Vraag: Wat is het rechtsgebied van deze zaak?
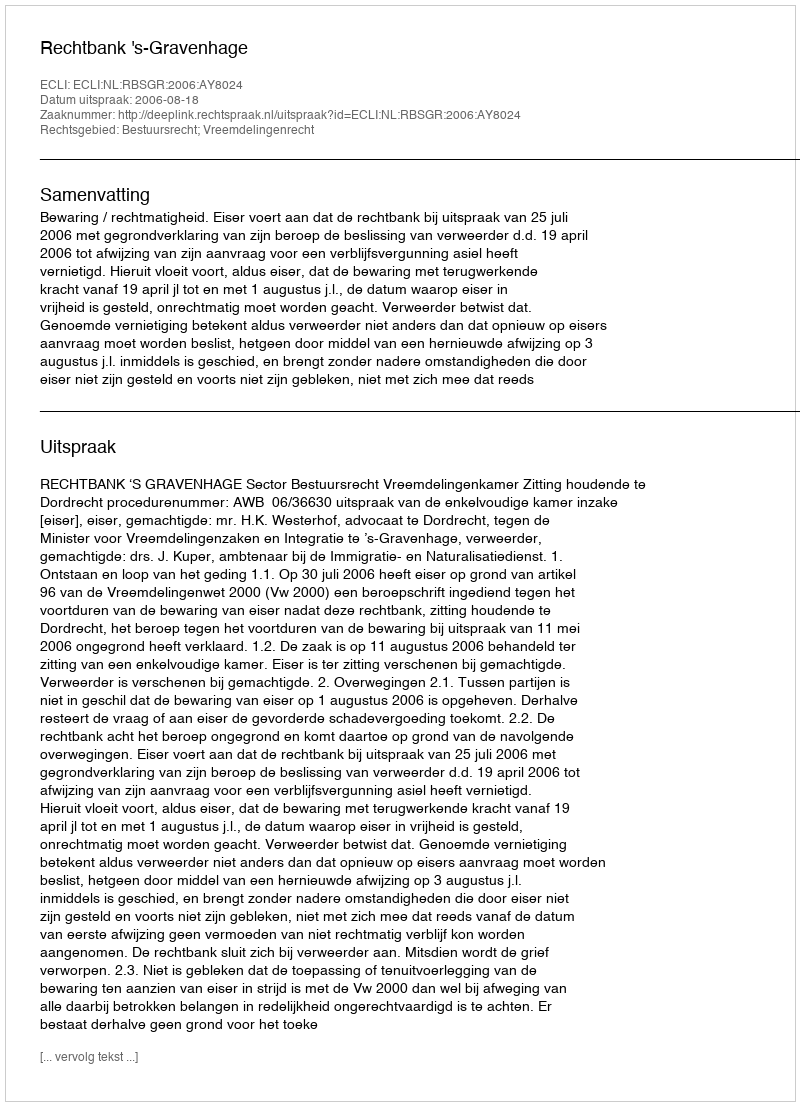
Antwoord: Bestuursrecht; Vreemdelingenrecht